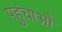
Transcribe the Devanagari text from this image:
पहुंचाओ